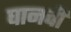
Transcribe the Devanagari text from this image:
घानची